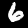
Label: 6